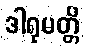
ဒါရုမတ္တိ